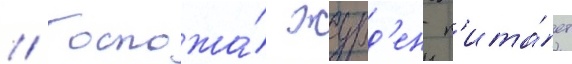
// Госпожа́ журд'ен п'ита́ет